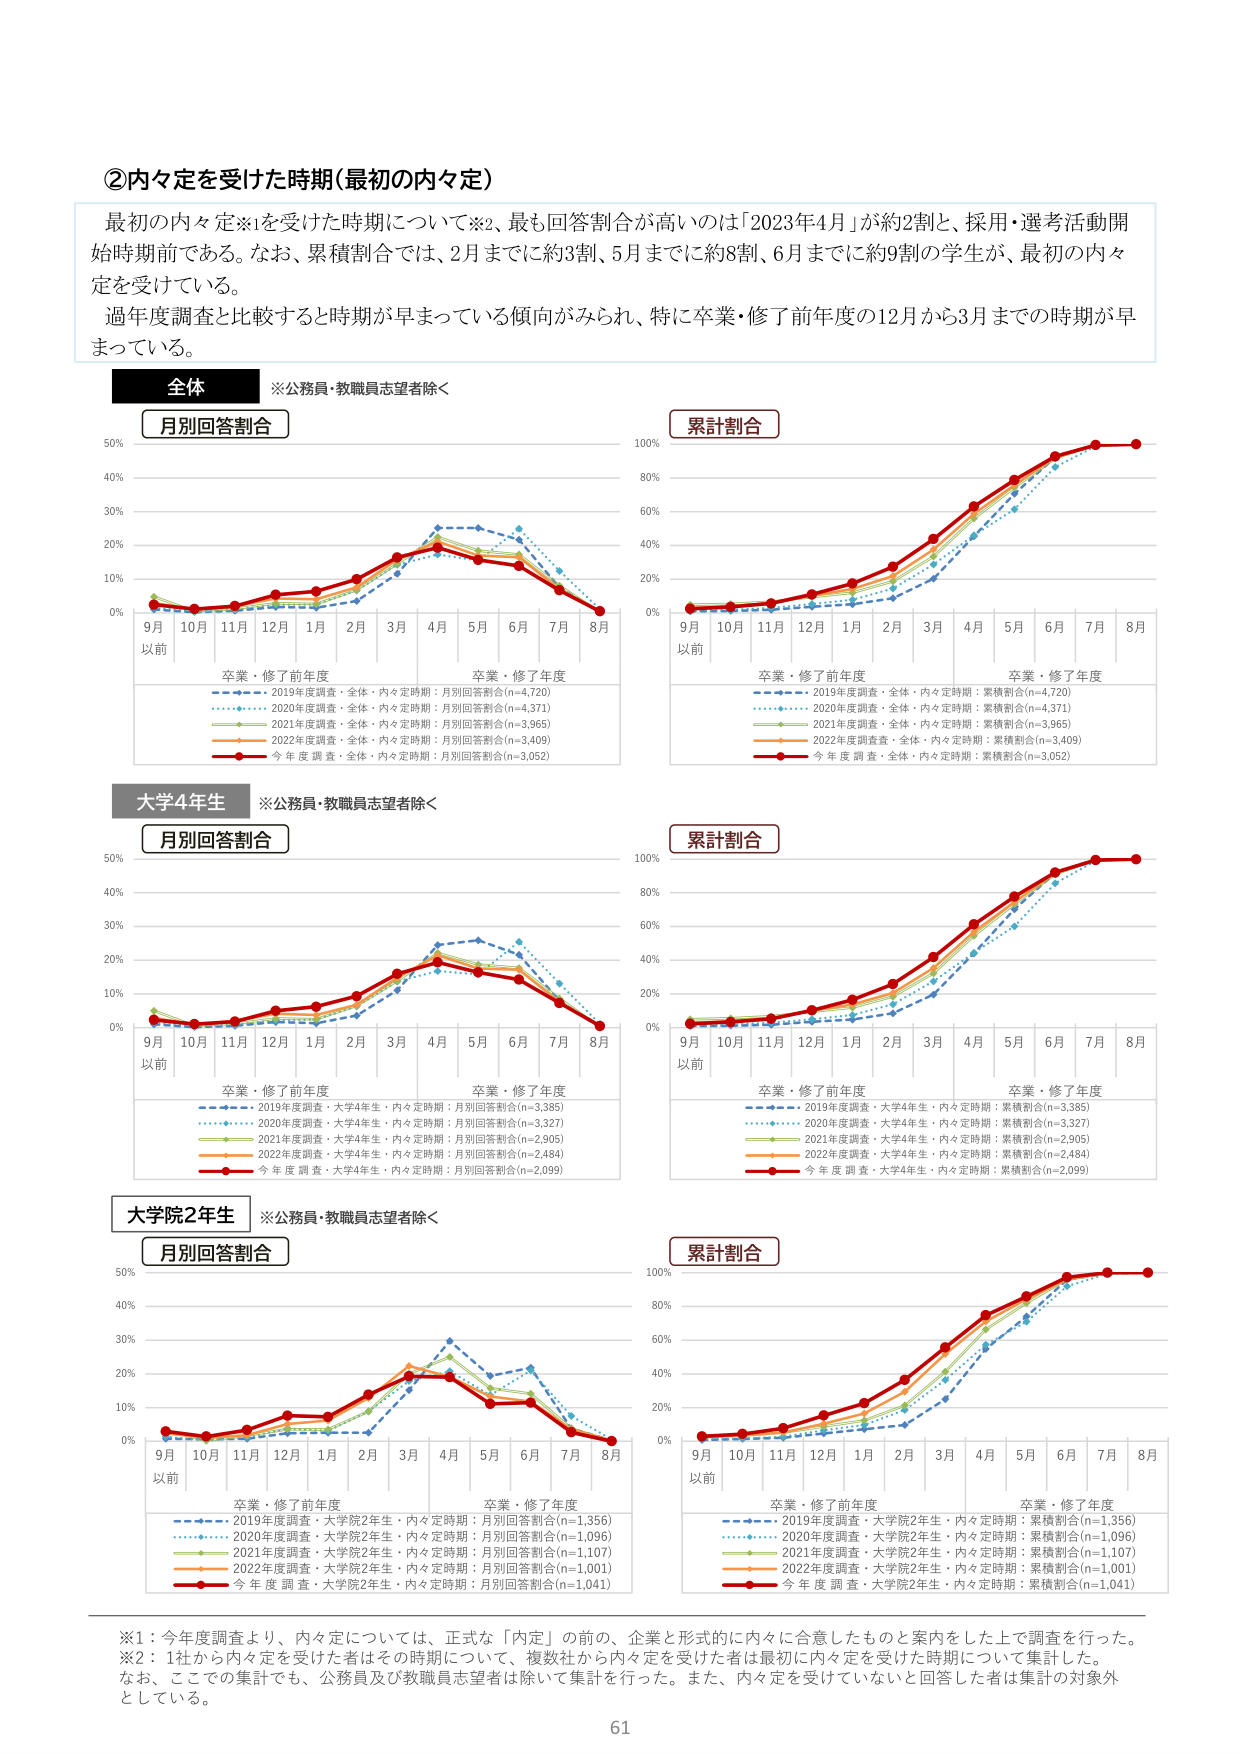
②内々定を受けた時期（最初の内々定）

最初の内々定※1を受けた時期について※2、最も回答割合が高いのは「2023年4月」が約2割と、採用・選考活動開始時期前である。なお、累積割合では、2月までに約3割、5月までに約8割、6月までに約9割の学生が、最初の内々定を受けている。

過年度調査と比較すると時期が早まっている傾向がみられ、特に卒業・修了前年度の12月から3月までの時期が早まっている。

全体
※公務員・教職員志望者除く

月別回答割合

9月以前 10月 11月 12月 1月 2月 3月 4月 5月 6月 7月 8月

卒業・修了前年度 卒業・修了年度

2019年度調査・全体・内々定時期：月別回答割合(n=4,720)
2020年度調査・全体・内々定時期：月別回答割合(n=4,371)
2021年度調査・全体・内々定時期：月別回答割合(n=3,965)
2022年度調査・全体・内々定時期：月別回答割合(n=3,409)
今年度調査・全体・内々定時期：月別回答割合(n=3,052)

累計割合

9月以前 10月 11月 12月 1月 2月 3月 4月 5月 6月 7月 8月

卒業・修了前年度 卒業・修了年度

2019年度調査・全体・内々定時期：累積割合(n=4,720)
2020年度調査・全体・内々定時期：累積割合(n=4,371)
2021年度調査・全体・内々定時期：累積割合(n=3,965)
2022年度調査・全体・内々定時期：累積割合(n=3,409)
今年度調査・全体・内々定時期：累積割合(n=3,052)

大学4年生
※公務員・教職員志望者除く

月別回答割合

9月以前 10月 11月 12月 1月 2月 3月 4月 5月 6月 7月 8月

卒業・修了前年度 卒業・修了年度

2019年度調査・大学4年生・内々定時期：月別回答割合(n=3,385)
2020年度調査・大学4年生・内々定時期：月別回答割合(n=3,327)
2021年度調査・大学4年生・内々定時期：月別回答割合(n=2,905)
2022年度調査・大学4年生・内々定時期：月別回答割合(n=2,484)
今年度調査・大学4年生・内々定時期：月別回答割合(n=2,099)

累計割合

9月以前 10月 11月 12月 1月 2月 3月 4月 5月 6月 7月 8月

卒業・修了前年度 卒業・修了年度

2019年度調査・大学4年生・内々定時期：累積割合(n=3,385)
2020年度調査・大学4年生・内々定時期：累積割合(n=3,327)
2021年度調査・大学4年生・内々定時期：累積割合(n=2,905)
2022年度調査・大学4年生・内々定時期：累積割合(n=2,484)
今年度調査・大学4年生・内々定時期：累積割合(n=2,099)

大学院2年生
※公務員・教職員志望者除く

月別回答割合

9月以前 10月 11月 12月 1月 2月 3月 4月 5月 6月 7月 8月

卒業・修了前年度 卒業・修了年度

2019年度調査・大学院2年生・内々定時期：月別回答割合(n=1,356)
2020年度調査・大学院2年生・内々定時期：月別回答割合(n=1,096)
2021年度調査・大学院2年生・内々定時期：月別回答割合(n=1,107)
2022年度調査・大学院2年生・内々定時期：月別回答割合(n=1,001)
今年度調査・大学院2年生・内々定時期：月別回答割合(n=1,041)

累計割合

9月以前 10月 11月 12月 1月 2月 3月 4月 5月 6月 7月 8月

卒業・修了前年度 卒業・修了年度

2019年度調査・大学院2年生・内々定時期：累積割合(n=1,356)
2020年度調査・大学院2年生・内々定時期：累積割合(n=1,096)
2021年度調査・大学院2年生・内々定時期：累積割合(n=1,107)
2022年度調査・大学院2年生・内々定時期：累積割合(n=1,001)
今年度調査・大学院2年生・内々定時期：累積割合(n=1,041)

※1：今年度調査より、内々定については、正式な「内定」の前の、企業と形式的に内々に合意したものと案内をした上で調査を行った。
※2：1社から内々定を受けた者はその時期について、複数社から内々定を受けた者は最初に内々定を受けた時期について回答した。
なお、ここでの集計でも、公務員及び教職員志望者は除いて集計を行った。また、内々定を受けていないと回答した者は集計の対象外としている。

61